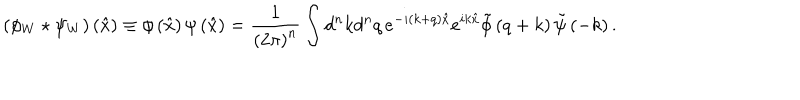
LaTeX: \left( \phi _ { W } \star \psi _ { W } \right) \left( \hat { x } \right) \equiv \phi \left( \hat { x } \right) \psi \left( \hat { x } \right) = \frac { 1 } { \left( 2 \pi \right) ^ { n } } \int d ^ { n } k d ^ { n } q \, e ^ { - i ( k + q ) \hat { x } } e ^ { i k \hat { x } } \tilde { \phi } \left( q + k \right) \tilde { \psi } \left( - k \right) .